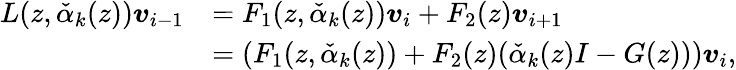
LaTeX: \begin{array}{rl}{L(z,\check{\alpha}_{k}(z))\boldsymbol{v}_{i-1}}&{=F_{1}(z,\check{\alpha}_{k}(z))\boldsymbol{v}_{i}+F_{2}(z)\boldsymbol{v}_{i+1}}\\ &{=(F_{1}(z,\check{\alpha}_{k}(z))+F_{2}(z)(\check{\alpha}_{k}(z)I-G(z)))\boldsymbol{v}_{i},}\end{array}